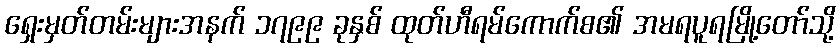
ရှေးမှတ်တမ်းများအနက် ၁၇၉၉ ခုနှစ် ထုတ်ဟီရမ်ကောက်စ၏ အမရပူရမြို့တော်သို့